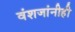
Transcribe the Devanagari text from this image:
वंशजांनीही